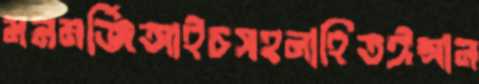
মনমর্জিআইচসহনাহিতঈপ্সান